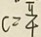
c = \frac { \pi } { 4 }